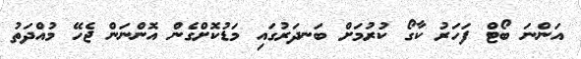
އަންނަ ބޯޓް ފަހަރު ކާގޯ ކުރުމަށް ބަނދަރުގައި މަޑުކޮށްގެން އޮންނަން ޖެހޭ މުއްދަތު